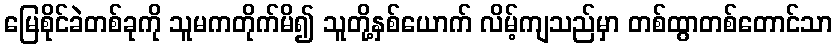
မြေစိုင်ခဲတစ်ခုကို သူမကတိုက်မိ၍ သူတို့နှစ်ယောက် လိမ့်ကျသည်မှာ တစ်ထွာတစ်တောင်သာ